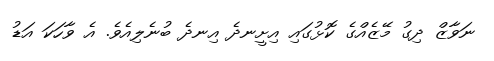
ނަވާޒް ދިގު މޭޒެއްގެ ކޮޅުގައި އިށީނދެ އިނދެ ބުނެލިއެވެ. އެ ވާހަކަ އަޑު